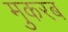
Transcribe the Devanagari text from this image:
मुकरब